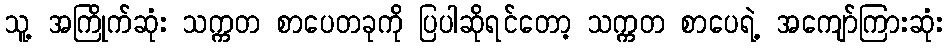
သူ့ အကြိုက်ဆုံး သက္ကတ စာပေတခုကို ပြပါဆိုရင်တော့ သက္ကတ စာပေရဲ့ အကျော်ကြားဆုံး